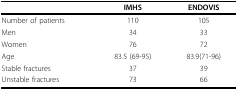
|  | <underline>IMHS</underline> | <underline>ENDOVIS</underline> |
 | --- | --- | --- |
 | Number of patients | 110 | 105 |
 | Men | 34 | 33 |
 | Women | 76 | 72 |
 | Age | 83.5 (69-95) | 83.9(71-96) |
 | Stable fractures | 37 | 39 |
 | Unstable fractures | 73 | 66 |